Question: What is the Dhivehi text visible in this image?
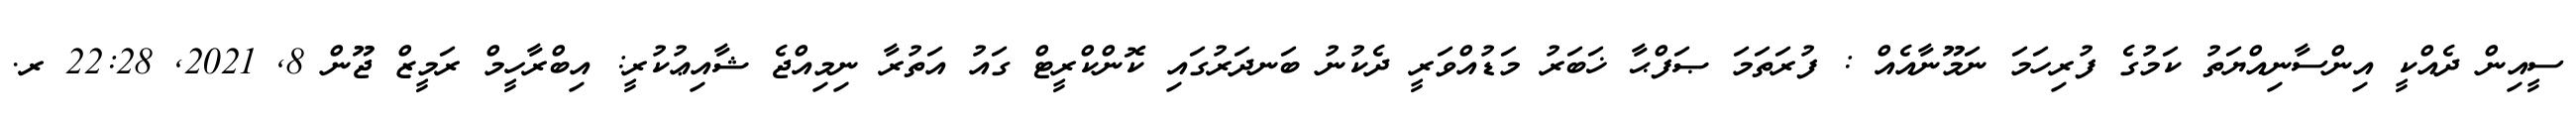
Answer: ސީއިން ދެއްކީ އިންސާނިއްޔަތު ކަމުގެ ފުރިހަމަ ނަމޫނާއެއް : ފުރަތަމަ ޞަފްޙާ ޚަބަރު މަޑުއްވަރީ ދެކުނު ބަނދަރުގައި ކޮންކްރީޓް ގައު އަތުރާ ނިމިއްޖެ ޝާއިޢުކުރީ: އިބްރާހީމް ރަމީޒް ޖޫން 8, 2021, 22:28 ރ.